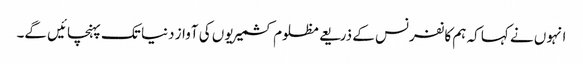
انہوں نے کہا کہ ہم کانفرنس کے ذریعے مظلوم کشمیریوں کی آواز دنیا تک پہنچائیں گے۔